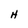
Character: H